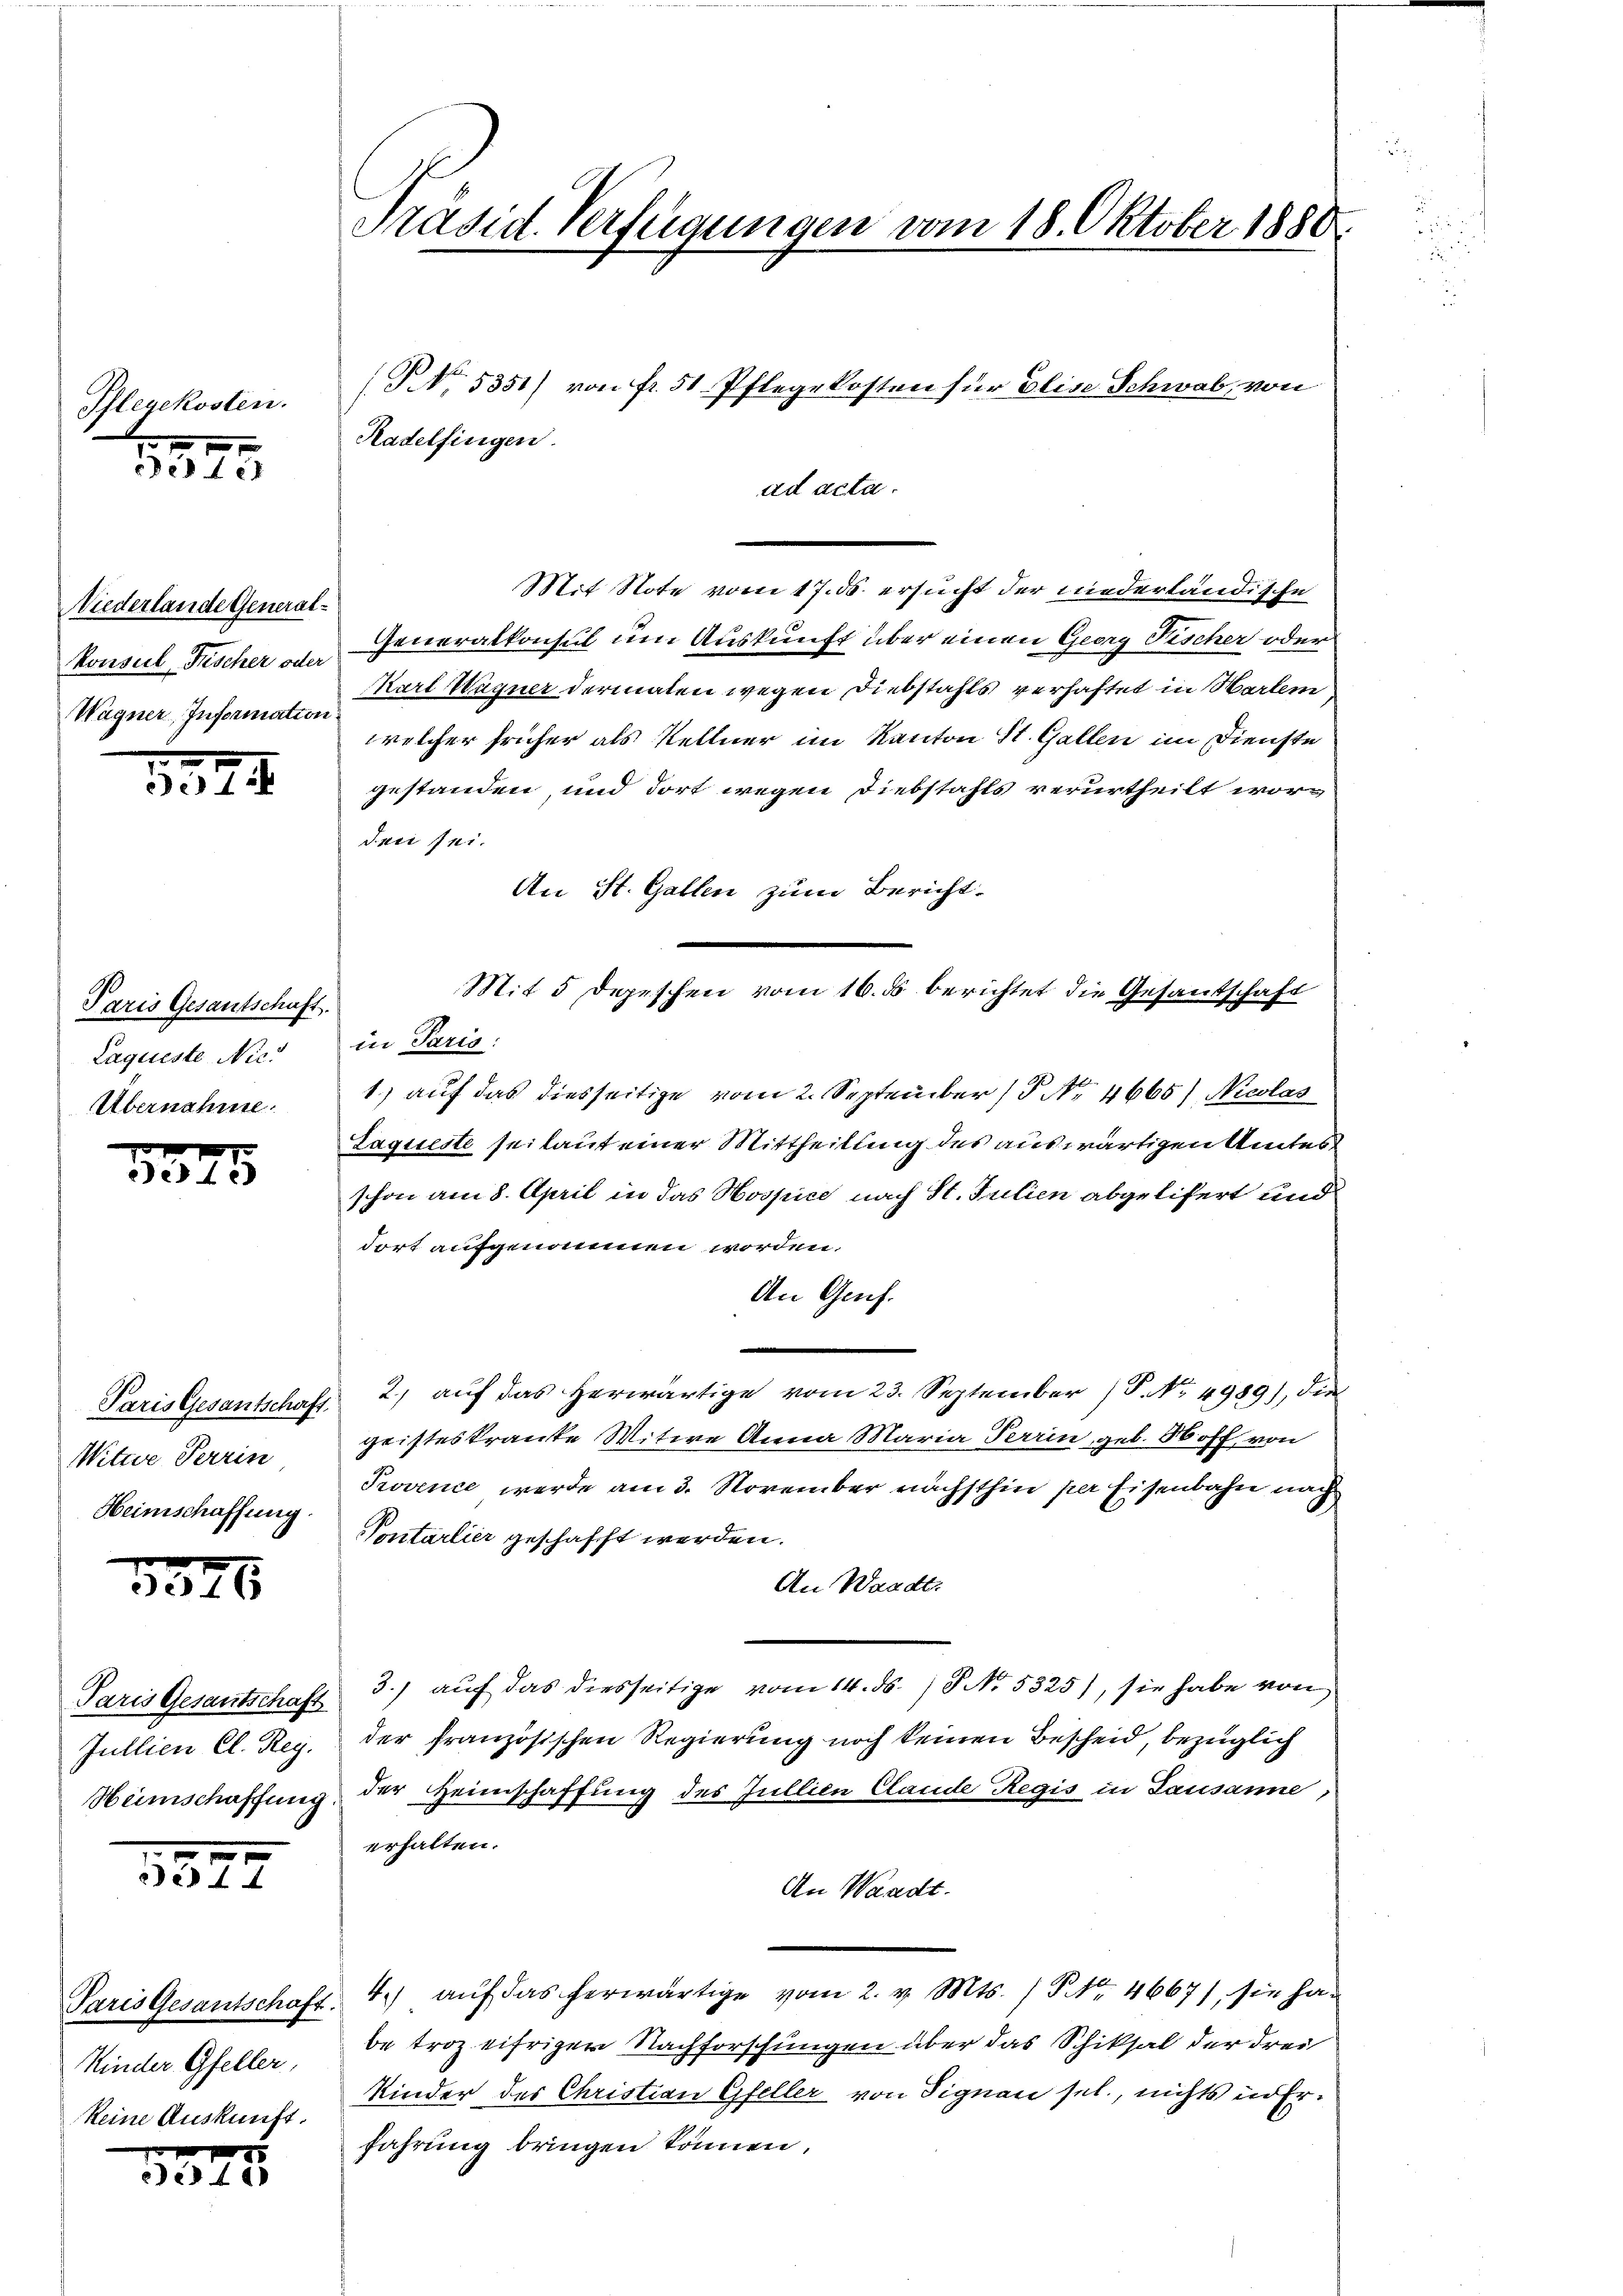
Pflegekosten.
7

exx

Niederlande Generalkonsul Fischer oder
Wagner, Information

3379.

Paris Gesandtschaft.
Laqueste Nic:
Übernahme

1545

Paris Gesantschaft.
Witwe Perrin
Heimschaffung

5546

Paris Gesantschaft
Jullien Cl. Reg.
Heimschaffung.

5377

Paris Gesantschaft.
Kinder Gfeller,
keine Auskunft.

1525

Präsid. Verfügungen vom 18. Oktober 1880.

ad acta.
Mit Note vom 17. ds. ersucht der niederländische
Generalkonsul um Auskunft über einen Georg Fischer oder
Karl Wagner dermalen wegen Diebstahls verhaftet in Hartem
welcher früher als Kellner im Kanton St. Gallen im Dienste
gestanden, und dort wegen Diebstahls verurtheilt worden sei.
An St. Gallen zum Bericht.
in Paris:
1.) auf das diesseitige vom 2. September (§ No. 4665) Nicolas
Laqueste sei laut einer Mittheilung des auswärtigen Amtes
schon am 8. April in das Hospice nach St. Julien abgelifert und
dort aufgenommen worden.
An Gech.
2) auf das herwärtige vom 23. September (P. No. 4989), die
geisteskranke Witwe Anna Maria Perrin geb. Hoff von
Provence werde am 3. November nächsthin per Eisenbahn nach
Pontarlier geschafft werden.
An Waadt.
3.) auf das diesseitige vom 14. ds. / No. 5325), sie habe von
der französischen Regierung noch keinen Bescheid, bezüglich
der Heimschaffung des Jullien Clande Regis in Lausanne,
erhalten.
An Waadt.
4.) auf das herwärtige vom 2. v. Mts. / Nr. 4667), sie habe troz eifriger Nachforschungen über das Schiksal der drei
Kinder des Christian Gfeller von Signau sel., nichts in Erfahrung bringen können.

(§ 5351) von fr. 51. Pflegekosten für Elise Schwab, von
Radelfingen.

Mit 5 Depeschen vom 16. ds berichtet die Gesandtschaft